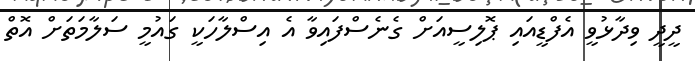
ދީދީ ވިދާޅުވީ އެފްޑީއައި ޕޮލިސީއަށް ގެނެސްފައިވާ އެ އިސްލާހަކީ ގައުމީ ސަލާމަތަށް އޮތް